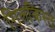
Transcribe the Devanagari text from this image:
गिलकिस्त